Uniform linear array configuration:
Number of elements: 16
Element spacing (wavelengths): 0.5
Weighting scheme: hann
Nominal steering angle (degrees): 0
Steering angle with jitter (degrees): -0.6989
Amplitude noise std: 0.05
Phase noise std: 0.05

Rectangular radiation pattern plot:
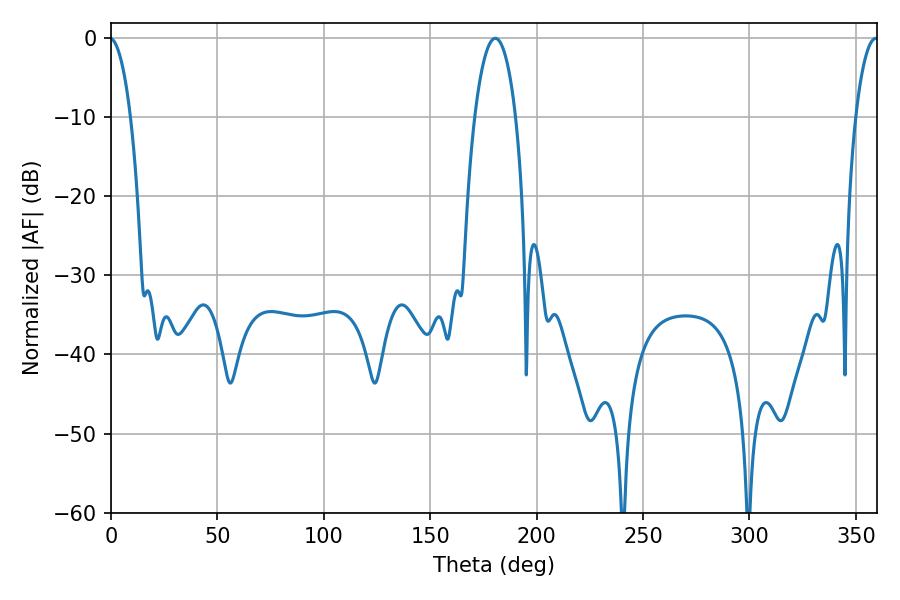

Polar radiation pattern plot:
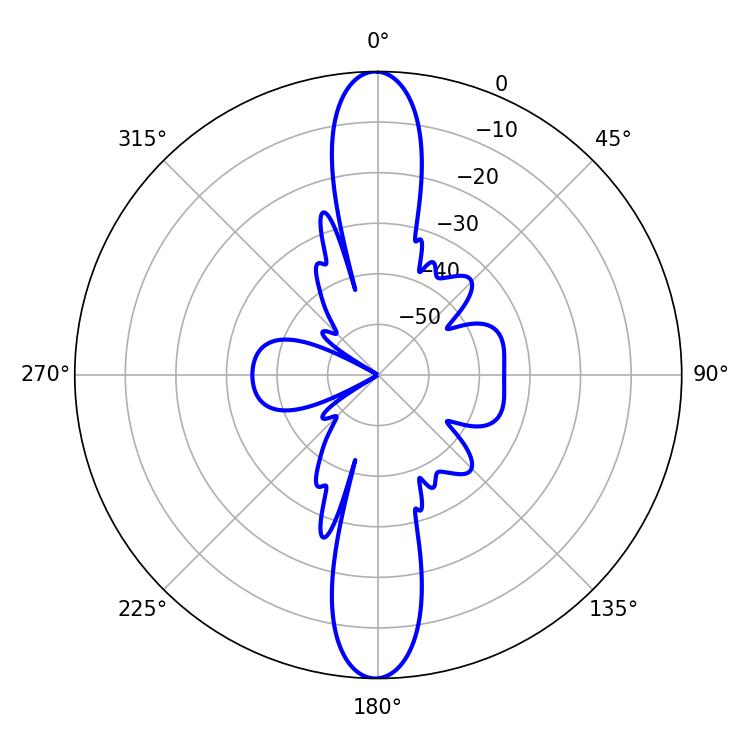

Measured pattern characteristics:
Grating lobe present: FALSE
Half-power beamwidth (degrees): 10.8
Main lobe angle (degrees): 180.54